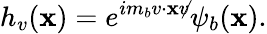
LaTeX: h_{v}(\mathbf{x})=e^{im_{b}v\cdot\mathbf{x}\not{v}}\psi_{b}(\mathbf{x}).